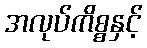
အလုပ်ကိစ္စနှင့်